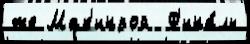
же Мак'инрой  Ф'ина́лы